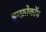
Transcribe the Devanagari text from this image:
इन्फ़ोकॉम